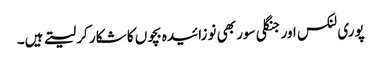
پوری لنکس اور جنگلی سور بھی نوزائیدہ بچوں کا شکار کر لیتے ہیں۔